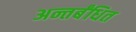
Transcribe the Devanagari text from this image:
अन्तर्बंधित